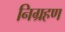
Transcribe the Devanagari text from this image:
निग्रहण